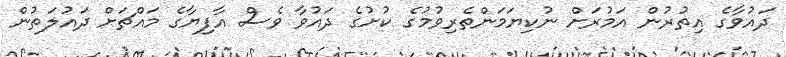
ދައުވާގެ އިތުރުން އަމުރަށް ނުކިޔަމަންތެރިވުމުގެ ކުށުގެ ދައުވާ ވެސް އާފިޔާގެ މައްޗަށް ދައުލަތުން